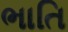
ભાતિ